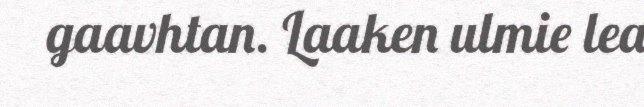
gaavhtan. Laaken ulmie lea